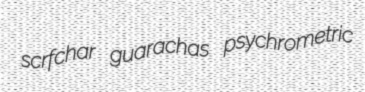
scrfchar guarachas psychrometric